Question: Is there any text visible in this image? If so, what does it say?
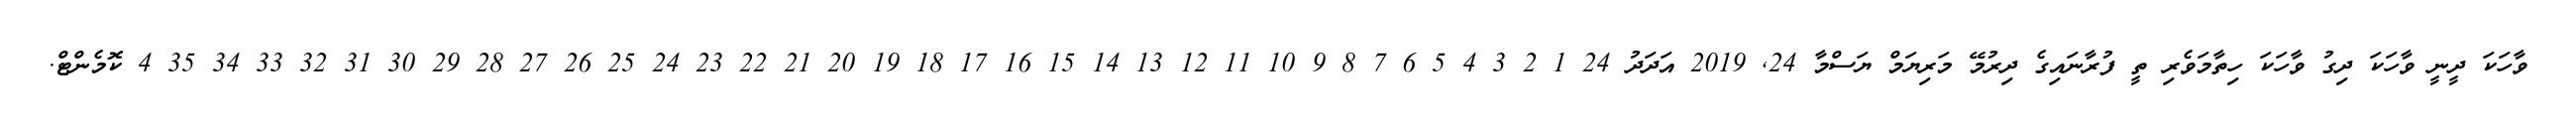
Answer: ވާހަކަ ދީނީ ވާހަކަ ދިގު ވާހަކަ ހިތާމަވެރި ތީ ފުރާނައިގެ ދިރުމޭ މަރިޔަމް ޔަސްމާ 24, 2019 އަދަދު 24 1 2 3 4 5 6 7 8 9 10 11 12 13 14 15 16 17 18 19 20 21 22 23 24 25 26 27 28 29 30 31 32 33 34 35 4 ކޮމެންޓް.